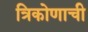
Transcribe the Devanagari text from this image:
त्रिकोणाची